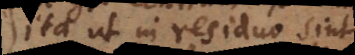
ita ut in residuo sint